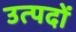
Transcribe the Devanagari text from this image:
उत्पदों